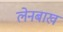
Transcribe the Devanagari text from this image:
लेनबाख